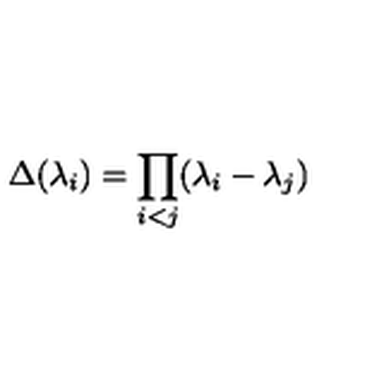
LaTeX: \Delta ( \lambda _ { i } ) = \prod _ { i < j } ( \lambda _ { i } - \lambda _ { j } )